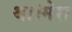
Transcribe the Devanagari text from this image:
था।मेरा